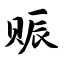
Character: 赈